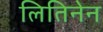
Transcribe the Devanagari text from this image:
लितिनेन